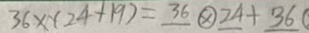
3 6 \times ( 2 4 + 1 9 ) = 3 6 o t i m e s 2 4 + 3 6